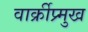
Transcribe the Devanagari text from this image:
वार्क्रीप्र्मुख